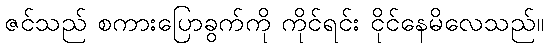
ဇင်သည် စကားပြောခွက်ကို ကိုင်ရင်း ငိုင်နေမိလေသည်။